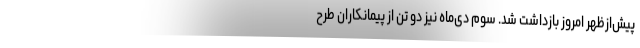
پیش‌ازظهر امروز بازداشت شد. سوم دی‌ماه نیز دو تن از پیمانکاران طرح